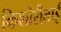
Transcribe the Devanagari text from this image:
किशोरीताई